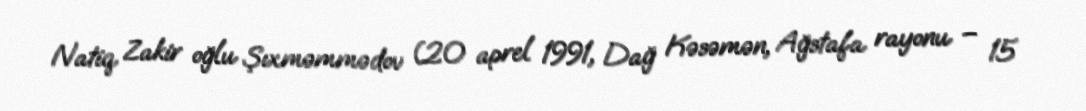
Natiq Zakir oğlu Şıxməmmədov (20 aprel 1991, Dağ Kəsəmən, Ağstafa rayonu – 15